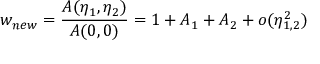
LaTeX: w _ { n e w } = { \frac { { \cal A } ( \eta _ { 1 } , \eta _ { 2 } ) } { { \cal A } ( 0 , 0 ) } } = 1 + { \cal A } _ { 1 } + { \cal A } _ { 2 } + o ( \eta _ { 1 , 2 } ^ { 2 } )